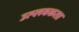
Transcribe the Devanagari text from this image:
उत्प्लवकता